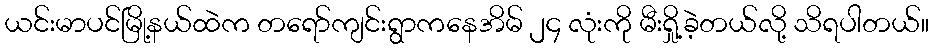
ယင်းမာပင်မြို့နယ်ထဲက တရော်ကျင်းရွာကနေအိမ် ၂၄ လုံးကို မီးရှို့ခဲ့တယ်လို့ သိရပါတယ်။